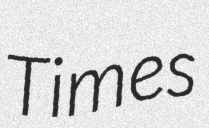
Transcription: Times